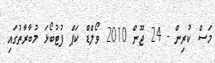
މަސް ކުރިން - 24 ޖޫން 2010 ވޯލްޑް ކަޕް ފުޓުބޯޅަ މުބާރާތުގައި